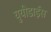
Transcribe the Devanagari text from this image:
युयीडाईस